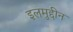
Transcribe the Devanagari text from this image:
इलमुद्दीन